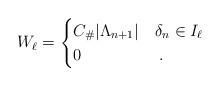
LaTeX: \begin{align*}W_\ell=\begin{cases}C_\# \vert \Lambda_{n+1}\vert & \delta_n\in I_\ell \\0 & \;.\end{cases}\end{align*}